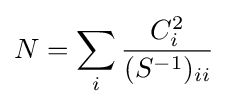
N=\sum \limits _{i}{\frac {C_{i}^{2}}{(S^{-1})_{ii}}}